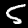
Label: 5